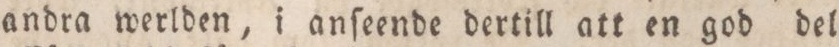
andra werlden, i anſeende dertill att en god del